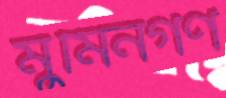
মুমিনগণ